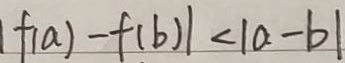
\vert f ( a ) - f ( b ) \vert < \vert a - b \vert